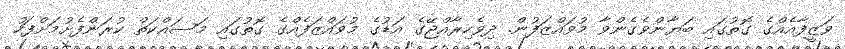
ވަޒީފާއެއްގެ ގޮތުގައި ބަޔާންވެގެންވާ މުވައްޒަފުން. ދިވެހިރާއްޖޭގެ އަޑުގެ މުވައްޒަފެއްގެ ގޮތުގައި މަސައްކަތް ކުރަންފެށުމަށްފަހު